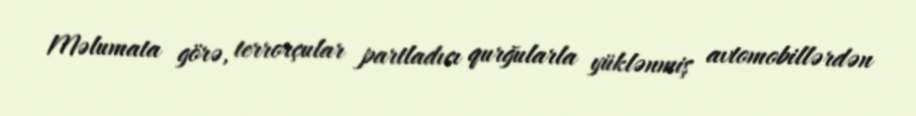
Məlumata görə, terrorçular partladıcı qurğularla yüklənmiş avtomobillərdən